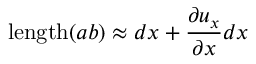
\mathrm { l e n g t h } ( a b ) \approx d x + { \frac { \partial u _ { x } } { \partial x } } d x